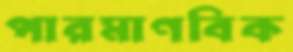
পারমাণবিক